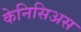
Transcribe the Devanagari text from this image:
केनिसिअस